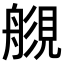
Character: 𧡬